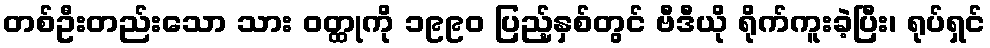
တစ်ဦးတည်းသော သား ဝတ္ထုကို ၁၉၉၀ ပြည့်နှစ်တွင် ဗီဒီယို ရိုက်ကူးခဲ့ပြီး၊ ရုပ်ရှင်